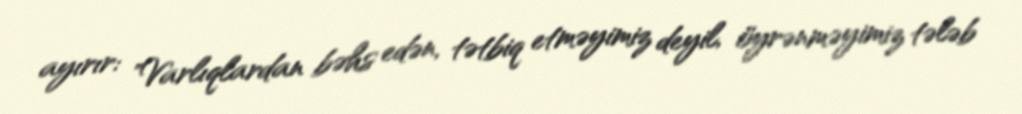
ayırır: "Varlıqlardan bəhs edən, tətbiq etməyimiz deyil, öyrənməyimiz tələb